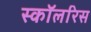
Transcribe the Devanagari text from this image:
स्कॉलरिस